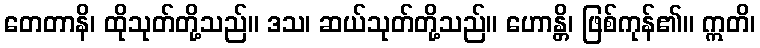
တေတာနိ၊ ထိုသုတ်တို့သည်။ ဒသ၊ ဆယ်သုတ်တို့သည်။ ဟောန္တိ၊ ဖြစ်ကုန်၏။ ဣတိ၊